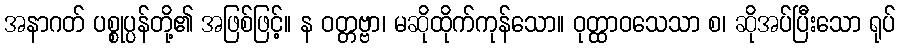
အနာဂတ် ပစ္စုပ္ပန်တို့၏ အဖြစ်ဖြင့်။ န ဝတ္တဗ္ဗာ၊ မဆိုထိုက်ကုန်သော။ ဝုတ္ထာဝသေသာ စ၊ ဆိုအပ်ပြီးသော ရုပ်